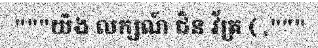
"""យិង លក្សណ៍ ជិន វ័ត្រ ( ,"""